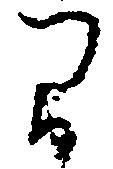
間